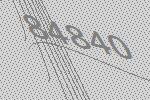
84840